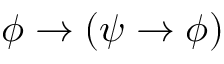
\phi \to \left( \psi \to \phi \right)